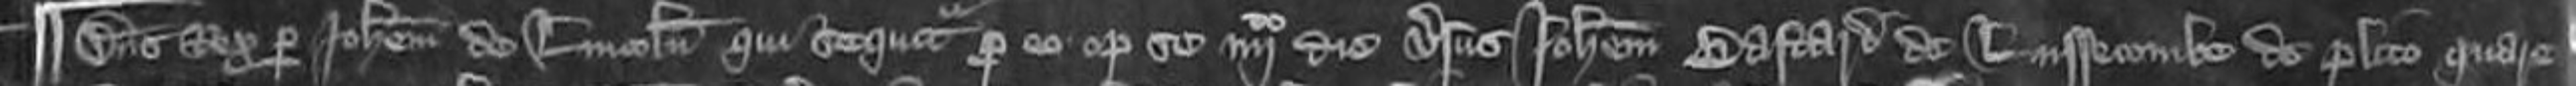
¶ Dominus Rex per Johannem de Lincoln qui sequitur pro eo optulit se quarto die versus Johannem Bastard de Luffecombe de placito quare